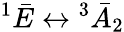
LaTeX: ^{1}\bar{E}\leftrightarrow{^{3}\bar{A}_{2}}